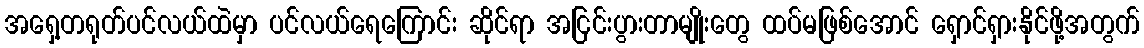
အရှေ့တရုတ်ပင်လယ်ထဲမှာ ပင်လယ်ရေကြောင်း ဆိုင်ရာ အငြင်းပွားတာမျိုးတွေ ထပ်မဖြစ်အောင် ရှောင်ရှားနိုင်ဖို့အတွက်